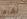
نشرها